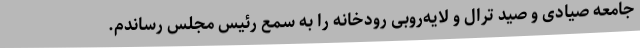
جامعه صیادی و صید ترال و لایه‌روبی رودخانه را به سمع رئیس مجلس رساندم.